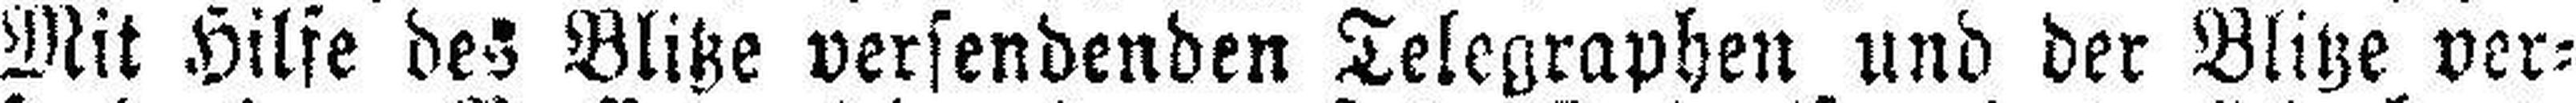
Mit Hilfe des Blitze versendenden Telegraphen und der Blitze ver¬